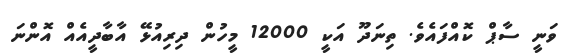
ވަނީ ސާޕް ކޮއްފައެވެ. ތިނަދޫ އަކީ 12000 މީހުން ދިރިއުޅޭ އާބާދީއެއް އޮންނަ